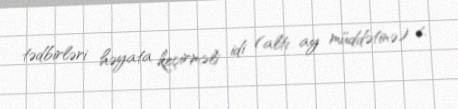
tədbirləri həyata keçirməli idi (altı ay müddətinə) 6.